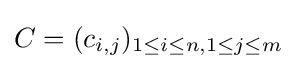
C=(c_{i,j})_{1\leq i\leq n,1\leq j\leq m}